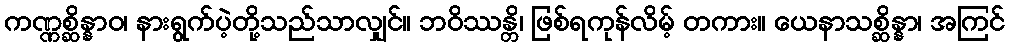
ကဏ္ဏစ္ဆိန္နာဝ၊ နားရွက်ပဲ့တို့သည်သာလျှင်။ ဘဝိဿန္တိ၊ ဖြစ်ရကုန်လိမ့် တကား။ ယေနာသစ္ဆိန္နာ၊ အကြင်